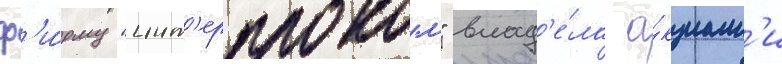
ф'и́рму "инт'ерпроком" влад'е́ла а́кциам'и